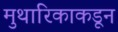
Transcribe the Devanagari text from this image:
मुथारिकाकडून